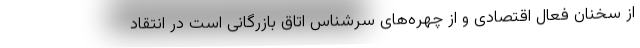
از سخنان فعال اقتصادی و از چهره‌های سرشناس اتاق بازرگانی است در انتقاد